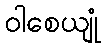
ဝါစေယျုံ